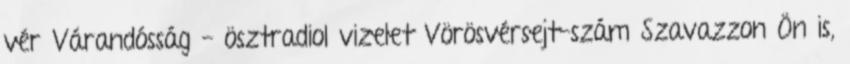
vér Várandósság - ösztradiol vizelet Vörösvérsejt-szám Szavazzon Ön is,